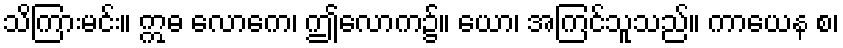
သိကြားမင်း။ ဣဓ လောကေ၊ ဤလောက၌။ ယော၊ အကြင်သူသည်။ ကာယေန စ၊